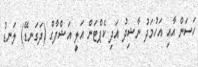
ހަސަން އާއި އަހުމަދު ނާޝިދު އަދި ކެޕްޓަން އަލީ އަޝްފާގް (ދަގަނޑޭ) ލަނޑު